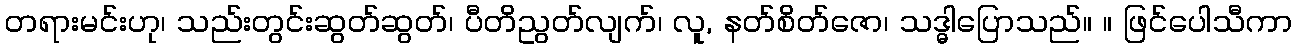
တရားမင်းဟု၊ သည်းတွင်းဆွတ်ဆွတ်၊ ပီတိညွတ်လျက်၊ လူ, နတ်စိတ်ဇော၊ သဒ္ဓါပြောသည်။ ။ ဖြင်ပေါသီကာ